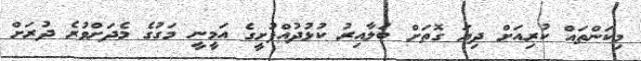
މިކަންތައް ކުރިއަށް ދިޔަ ގޮތަށް ބަލާއިރު ކުޅުދުއްފުށީގެ އަމީނީ މަގުގެ މެދަށްވުރެ ދުރަށް